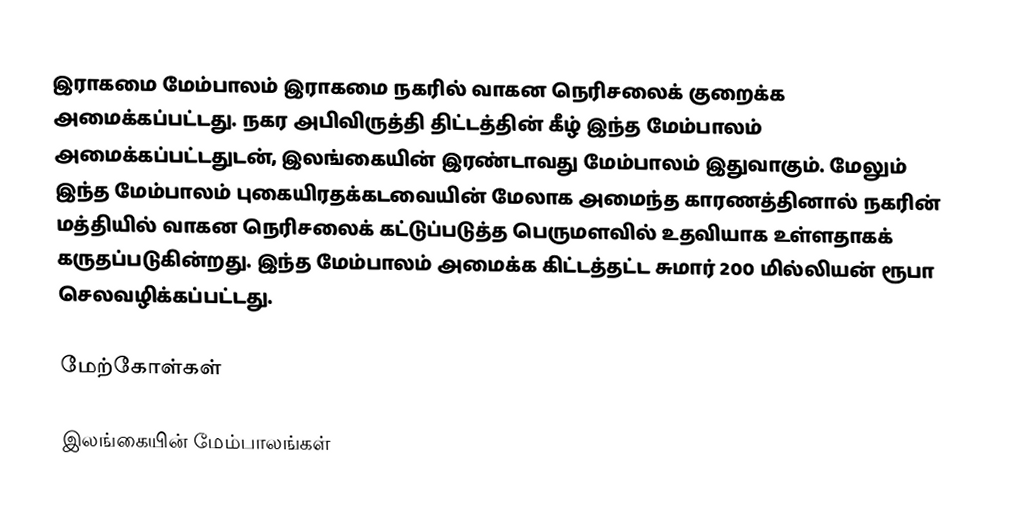
இராகமை மேம்பாலம் இராகமை நகரில் வாகன நெரிசலைக் குறைக்க அமைக்கப்பட்டது. நகர அபிவிருத்தி திட்டத்தின் கீழ் இந்த மேம்பாலம் அமைக்கப்பட்டதுடன், இலங்கையின் இரண்டாவது மேம்பாலம் இதுவாகும். மேலும் இந்த மேம்பாலம் புகையிரதக்கடவையின் மேலாக அமைந்த காரணத்தினால் நகரின் மத்தியில் வாகன நெரிசலைக் கட்டுப்படுத்த பெருமளவில் உதவியாக உள்ளதாகக் கருதப்படுகின்றது. இந்த மேம்பாலம் அமைக்க கிட்டத்தட்ட சுமார் 200 மில்லியன் ரூபா செலவழிக்கப்பட்டது.

மேற்கோள்கள்

இலங்கையின் மேம்பாலங்கள்